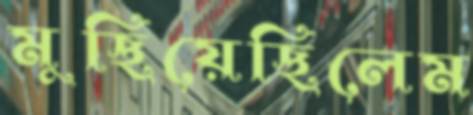
মুছিয়েছিলেম